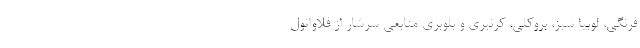
فرنگی، لوبیا سبز، بروکلی، کرنبری و بلوبری منابعی سرشار از فلاوانول